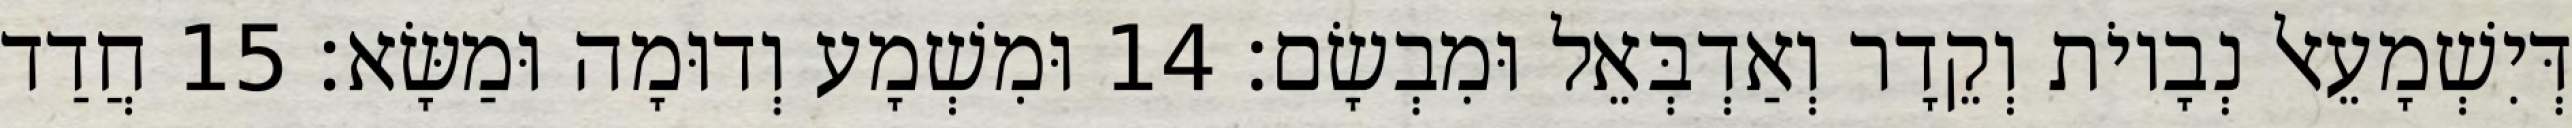
דְּיִשְׁמָעֵאל נְבָיוֹת וְקֵדָר וְאַדְבְּאֵל וּמִבְשָׂם׃ 14 וּמִשְׁמָע וְדוּמָה וּמַשָּׂא׃ 15 חֲדַד